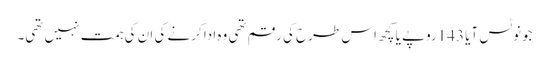
جونوٹس آیا 143روپے یا کچھ اس طرح کی رقم تھی وہ ادا کرنے کی ان کی ہمت نہیں تھی۔